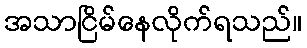
အသာငြိမ်နေလိုက်ရသည်။